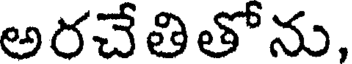
అరచేతితోను,